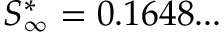
S _ { \infty } ^ { * } = 0 . 1 6 4 8 . . .